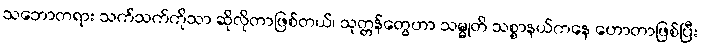
သဘောတရား သက်သက်ကိုသာ ဆိုလိုတာဖြစ်တယ်၊ သုတ္တန်တွေဟာ သမ္မုတိ သစ္စာနယ်ကနေ ဟောတာဖြစ်ပြီး